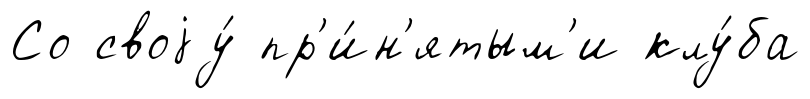
Со своjу́ пр'и́н'ятым'и клу́ба